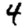
Digit: 4